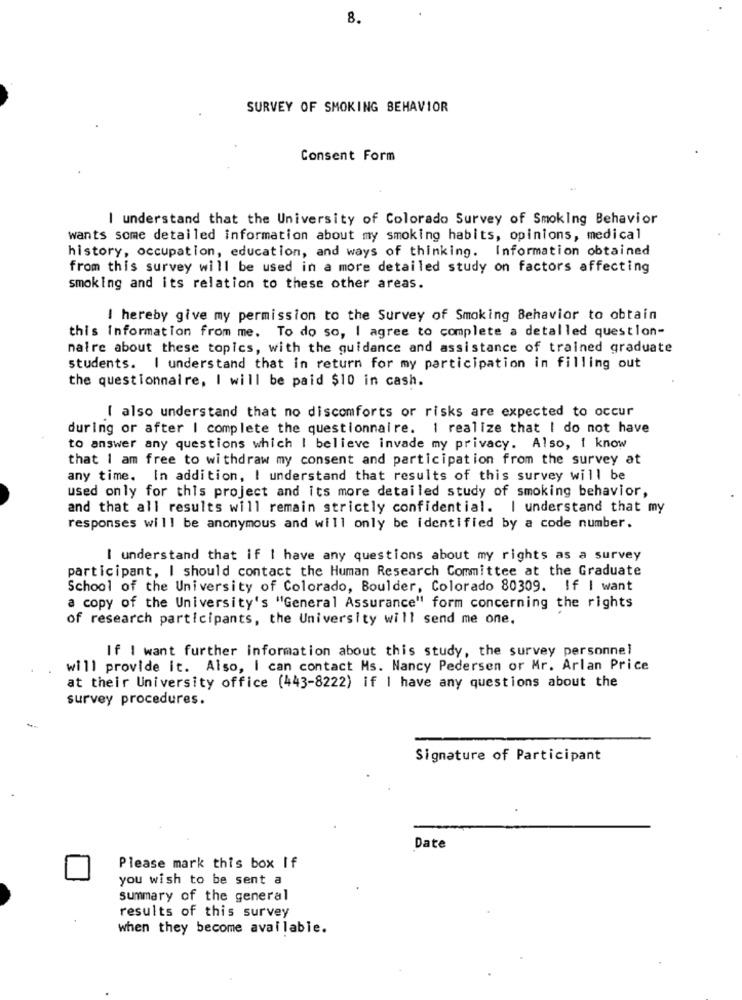
8.
SURVEY OF SMOKING BEHAVIOR
Consent Form
I understand that the University of Colorado Survey of Smoking Behavior
wants some detailed information about my smoking habits, opinions, medical
history, occupation, education, and ways of thinking. Information obtained
from this survey will be used in a more detailed study on factors affecting
smoking and its relation to these other areas.
I hereby give my permission to the Survey of Smoking Behavior to obtain
this information from me. To do so, I agree to complete a detalled question-
naire about these topics, with the guidance and assistance of trained graduate
students. I understand that in return for my participation in filling out
the questionnaire, I will be paid $10 in cash.
[ also understand that no discomforts or risks are expected to occur
during or after | complete the questionnaire. I realize that I do not have
to answer any questions which I believe invade my privacy. Also, I know
that I am free to withdraw my consent and participation from the survey at
any time. In addition, I understand that results of this survey will be
used only for this project and its more detailed study of smoking behavior,
and that all results will remain strictly confidential. I understand that my
responses will be anonymous and will only be identified by a code number.
I understand that if I have any questions about my rights as a survey
participant, I should contact the Human Research Committee at the Graduate
School of the University of Colorado, Boulder, Colorado 80309. If I want
a copy of the University's "General Assurance" form concerning the rights
of research participants, the University will send me one.
If I want further information about this study, the survey personnel
will provide it. Also, I can contact Ms. Nancy Pedersen or Mr. Arlan Price
at their University office (443-8222) if I have any questions about the
survey procedures.
Signature of Participant
Date
Please mark this box If
you wish to be sent a
summary of the general
results of this survey
when they become available.